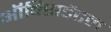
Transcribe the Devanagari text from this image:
ऑक्‍सिडेंटल